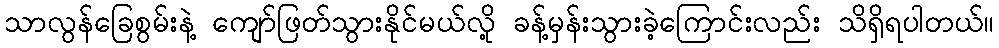
သာလွန်ခြေစွမ်းနဲ့ ကျော်ဖြတ်သွားနိုင်မယ်လို့ ခန့်မှန်းသွားခဲ့ကြောင်းလည်း သိရှိရပါတယ်။